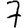
Digit: 7